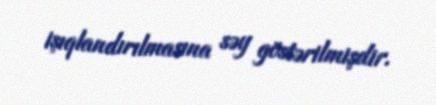
işıqlandırılmasına səy göstərilmişdir.